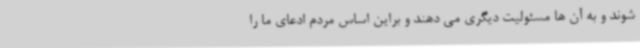
شوند و به آن ها مسئولیت دیگری می دهند و براین اساس مردم ادعای ما را